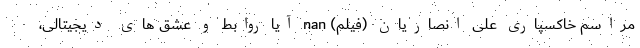
مراسم خاکسپاری علی انصاریان (فیلم) nan آیا روابط و عشق های دیجیتالی،